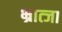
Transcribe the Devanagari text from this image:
भ्रात्जा